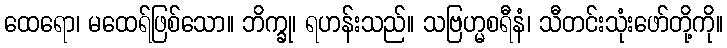
ထေရော၊ မထေရ်ဖြစ်သော။ ဘိက္ခု၊ ရဟန်းသည်။ သဗြဟ္မစရီနံ၊ သီတင်းသုံးဖော်တို့ကို။